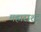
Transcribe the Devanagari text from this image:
महाराश्ट्र